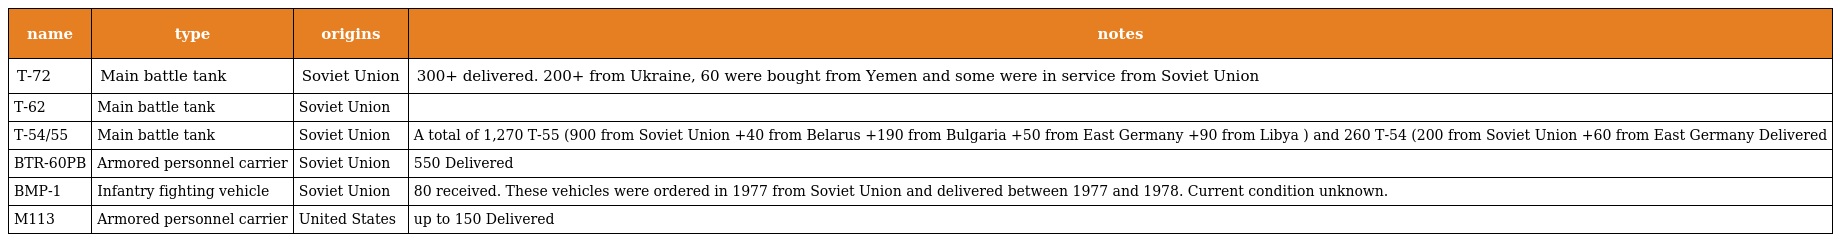
| name | type | origins | notes |
 | --- | --- | --- | --- |
 | T-72 | Main battle tank | Soviet Union | 300+ delivered. 200+ from Ukraine, 60 were bought from Yemen and some were in service from Soviet Union |
 | T-62 | Main battle tank | Soviet Union |  |
 | T-54/55 | Main battle tank | Soviet Union | A total of 1,270 T-55 (900 from Soviet Union +40 from Belarus +190 from Bulgaria +50 from East Germany +90 from Libya ) and 260 T-54 (200 from Soviet Union +60 from East Germany Delivered |
 | BTR-60PB | Armored personnel carrier | Soviet Union | 550 Delivered |
 | BMP-1 | Infantry fighting vehicle | Soviet Union | 80 received. These vehicles were ordered in 1977 from Soviet Union and delivered between 1977 and 1978. Current condition unknown. |
 | M113 | Armored personnel carrier | United States | up to 150 Delivered |